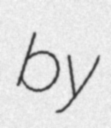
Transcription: by